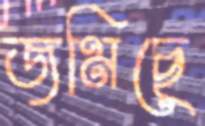
জমিছে